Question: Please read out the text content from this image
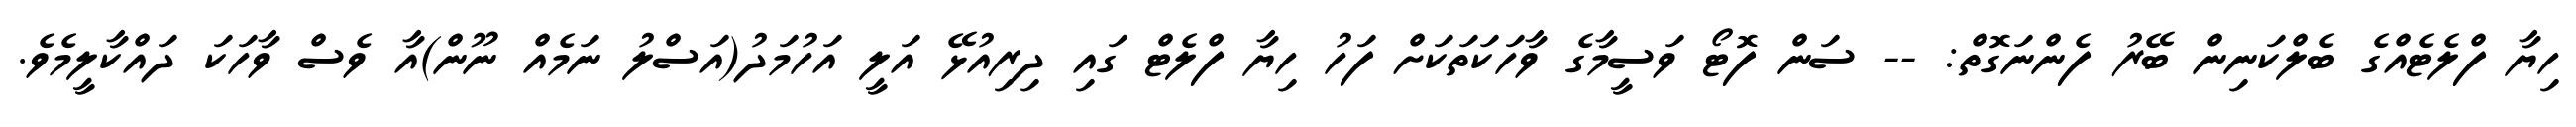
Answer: ހިޔާ ފްލެޓެއްގެ ބެލްކަނިން ބޭރު ފެންނަގޮތް: -- ސަން ފޮޓޯ ވަސީމާގެ ވާހަކަތަކަށް ފަހު ހިޔާ ފްލެޓް ގައި ދިރިއުޅޭ އަލީ އަހުމަދު(އަސްލު ނަމެއް ނޫން)އާ ވެސް ވާހަކަ ދައްކާލީމެވެ.